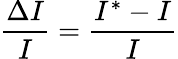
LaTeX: \frac{\Delta I}{I}=\frac{I^{*}-I}{I}